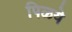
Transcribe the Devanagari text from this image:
पिळये